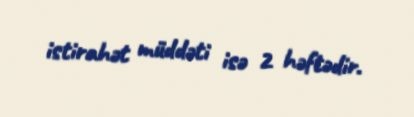
istirahət müddəti isə 2 həftədir.